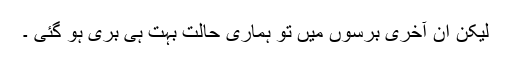
لیکن اِن آخری برسوں میں تو ہماری حالت بہت ہی بری ہو گئی ۔